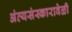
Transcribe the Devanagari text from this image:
अंत्यसंस्कारावेळी